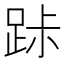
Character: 𨀚